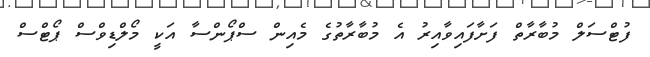
ފުޓްސަލް މުބާރާތް ފަށާފައިވާއިރު އެ މުބާރާތުގެ މެއިން ސްޕޯންސާ އަކީ މޯލްޑިވްސް ޕޯޓްސް